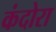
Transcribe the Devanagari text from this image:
कंदोरा